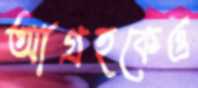
আগ্রহকেও